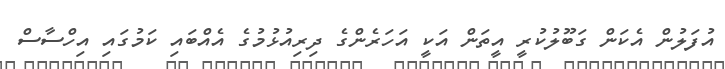
އުފަލުން އެކަން ގަބޫލުކުރީ އީތަން އަކީ އަހަރެންގެ ދިރިއުޅުމުގެ އެއްބައި ކަމުގައި އިހްސާސް